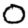
Digit: 0